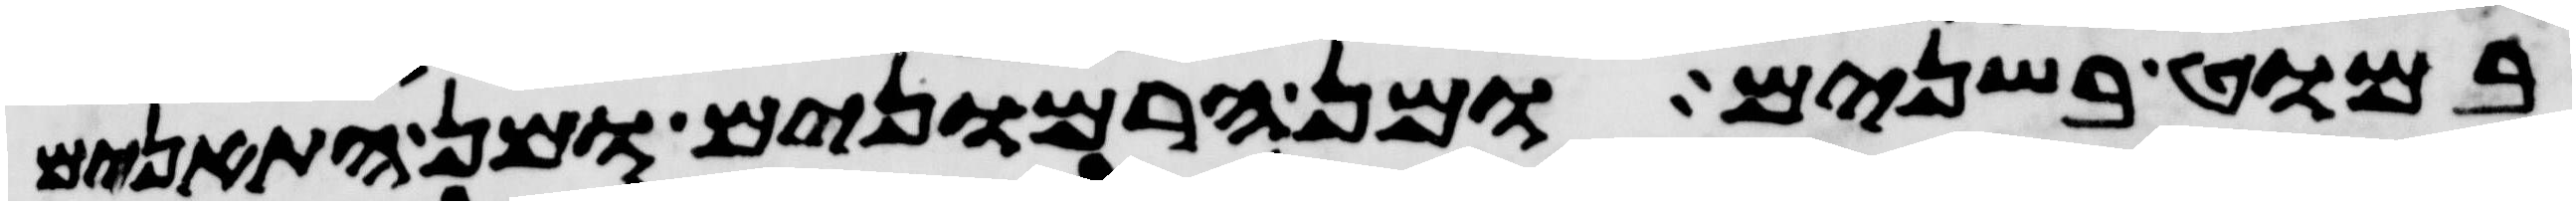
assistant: במוט בשנים ומן הרמונים ומן התאנים